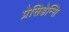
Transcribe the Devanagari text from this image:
प्रेसिडेन्सि